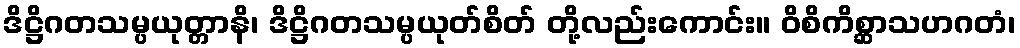
ဒိဋ္ဌိဂတသမ္ပယုတ္တာနိ၊ ဒိဋ္ဌိဂတသမ္ပယုတ်စိတ် တို့လည်းကောင်း။ ဝိစိကိစ္ဆာသဟဂတံ၊